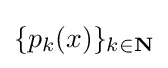
\{p_{k}(x)\}_{k\in \mathbf {N} }